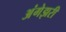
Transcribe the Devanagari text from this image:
अंगेझरी